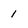
Character: 1